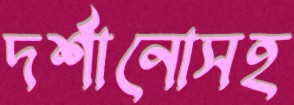
দর্শানোসহ